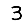
Digit: 3